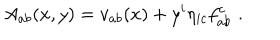
A _ { a b } ( x , y ) = v _ { a b } ( x ) + y ^ { i } \eta _ { i c } f _ { a b } ^ { c } \, \, .